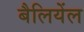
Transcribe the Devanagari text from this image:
बैलियेंल